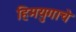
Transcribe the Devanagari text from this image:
हिमयुगाचे